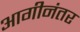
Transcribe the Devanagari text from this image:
आगीनंतर